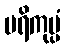
ပရိကုပ္ပံ